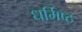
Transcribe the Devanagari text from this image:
धर्मिष्ठ